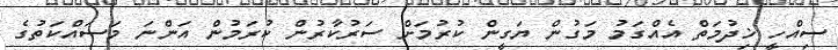
ސިއްހީ ޚިދުމަތް އެއްގަމު މަގުން ޔަގީން ކުރުމަށް ސަރުކާރުން ކުރަމުން އަންނަ މަސައްކަތުގެ